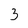
Character: 3